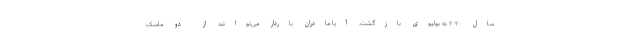
سال ۲۰۲۰ به بولیوی بازگشت. آیا مادران باردار می‌توانند از دو ماسک